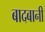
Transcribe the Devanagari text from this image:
बादबानी